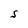
Character: S